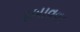
દબાવવા